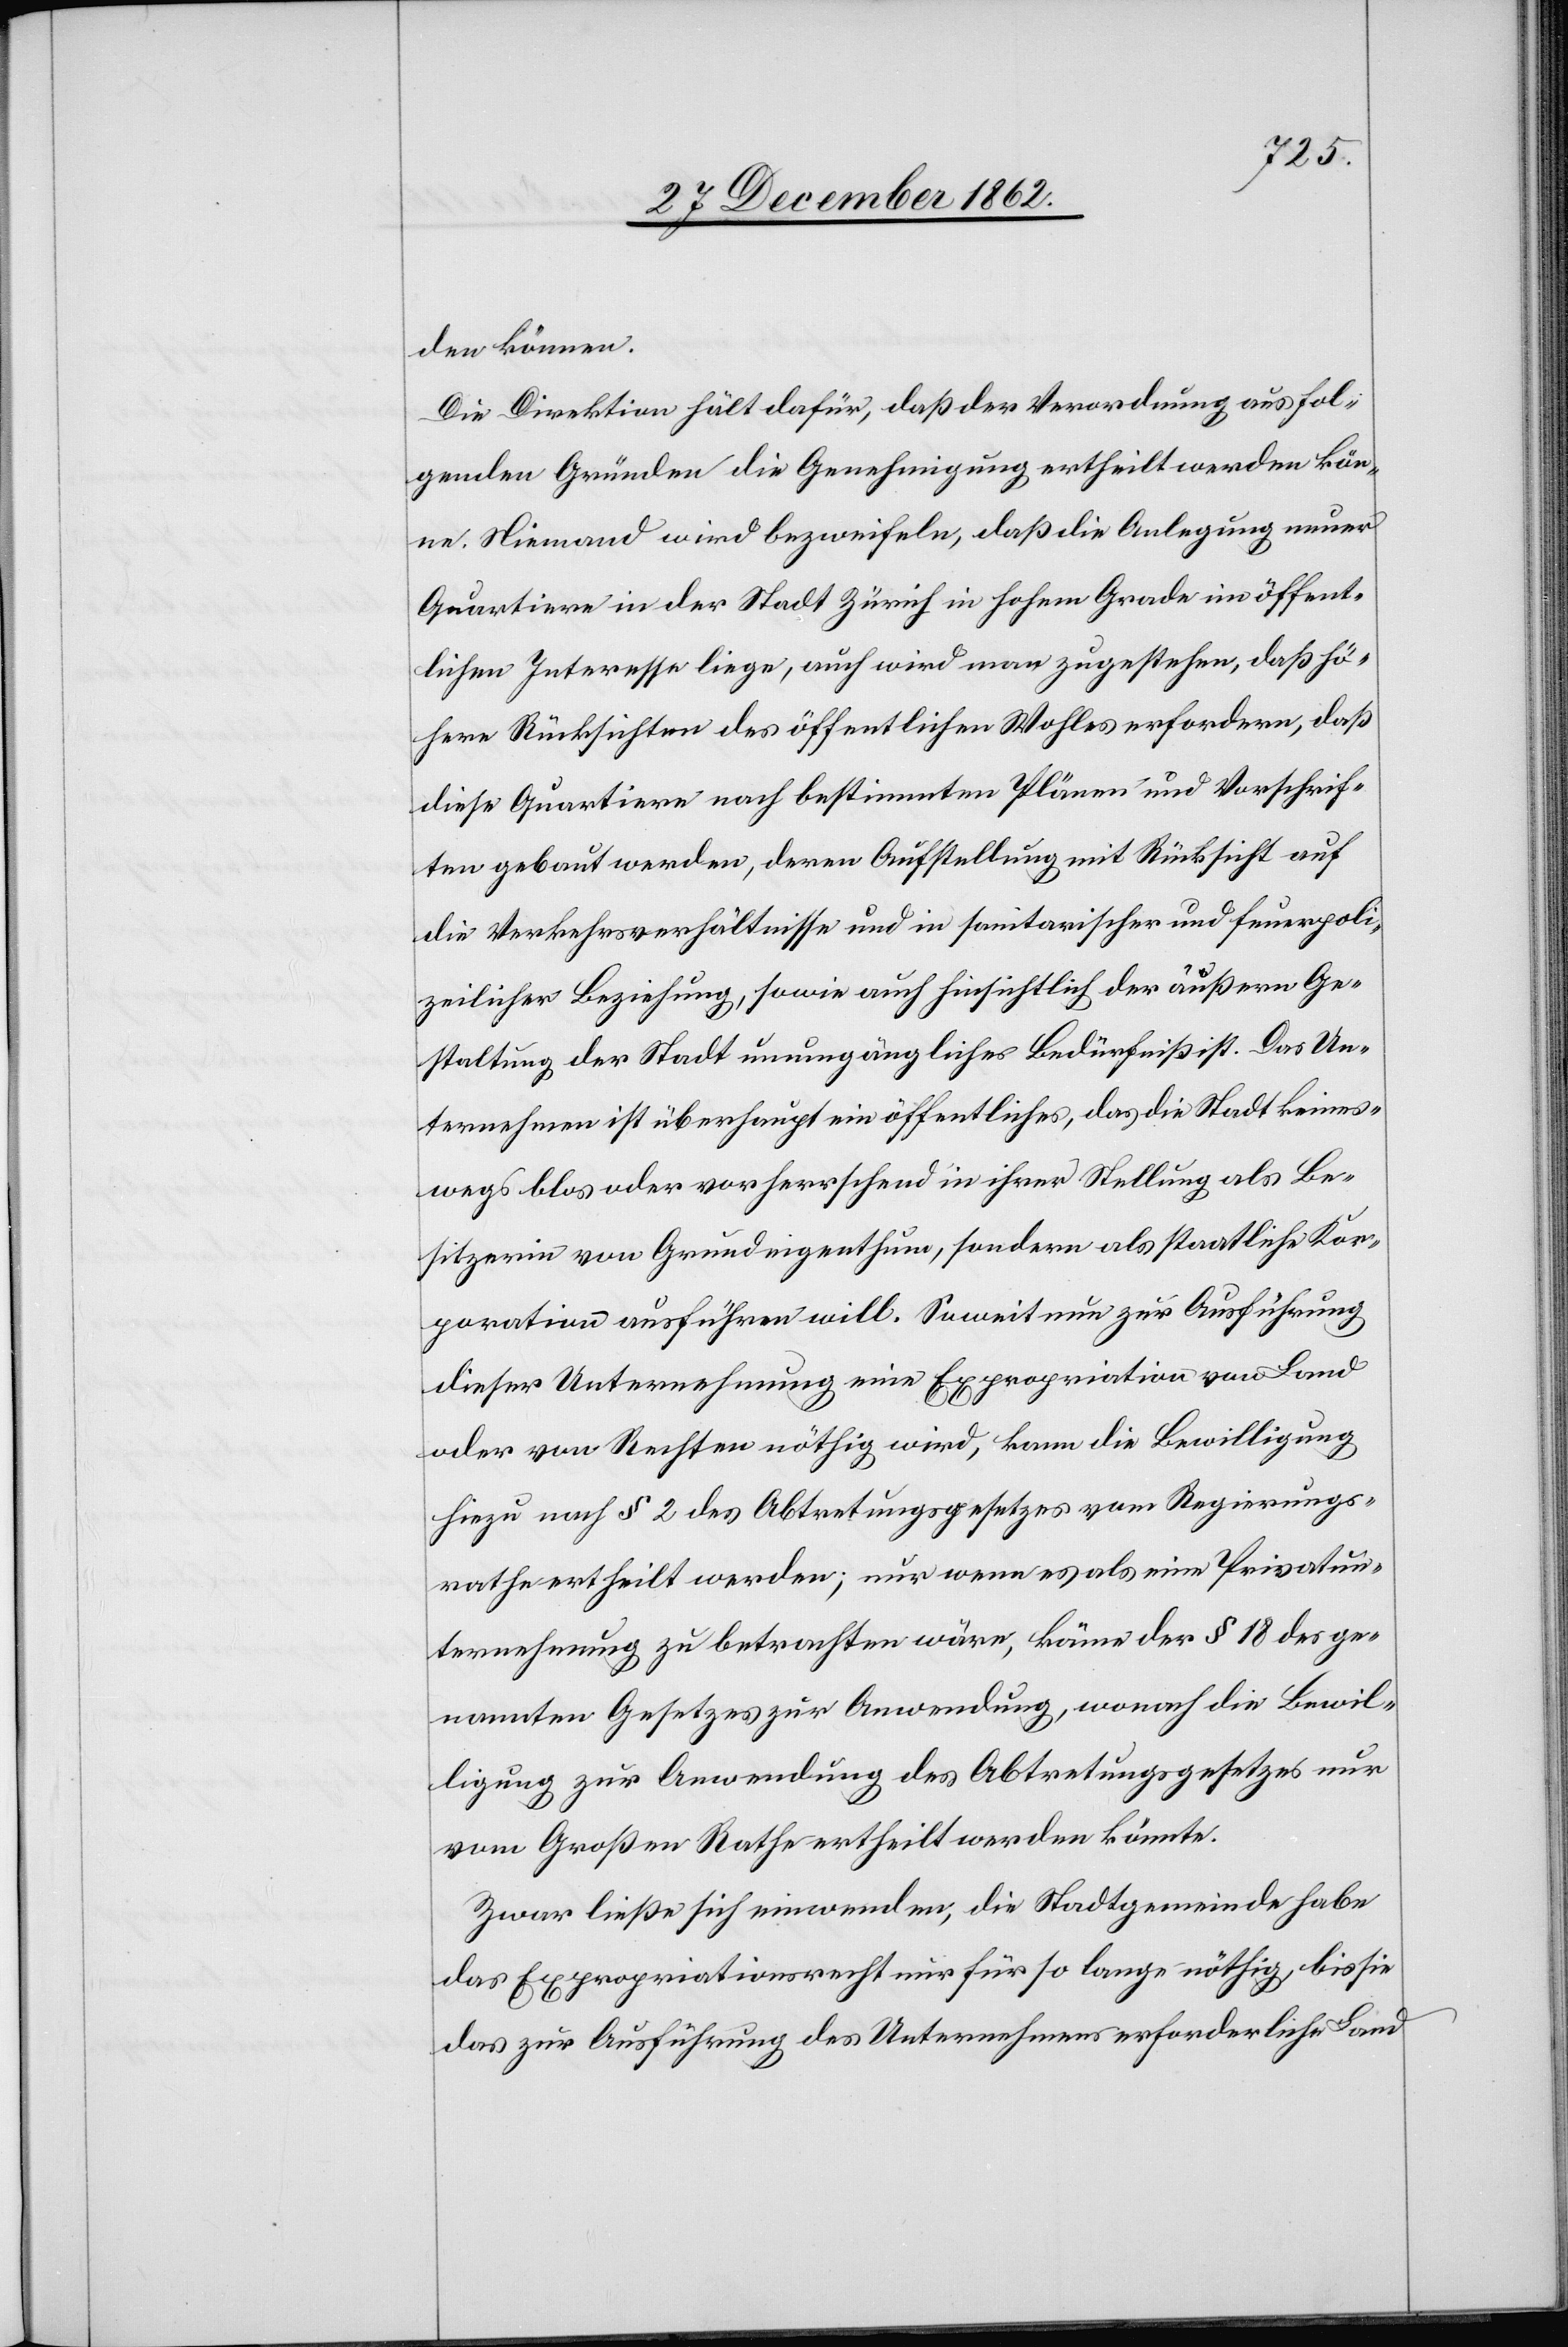
den können.
Die Direktion hält dafür, daß der Verordnung aus fol¬
genden Gründen die Genehmigung ertheilt werden kön¬
ne. Niemand wird bezweifeln, daß die Anlegung neuer
Quartiere in der Stadt Zürich in hohem Grade im öffent¬
lichen Interesse liege, auch wird man zugestehen, daß hö¬
here Rücksichten des öffentlichen Wohles erfordern, daß
diese Quartiere nach bestimmten Plänen und Vorschrif¬
ten gebaut werden, deren Aufstellung mit Rücksicht auf
die Verkehrsverhältnisse und in sanitarischer und feuerpoli¬
zeilicher Beziehung, so wie auch hinsichtlich der äußern Ge¬
staltung der Stadt unumgängliches Bedürfniß ist. Das Un¬
ternehmen ist überhaupt ein öffentliches, das die Stadt keines¬
wegs blos oder vorherrschend in ihrer Stellung als Be¬
sitzerin von Grundeigenthum, sondern als staatliche Kor¬
poration ausführen will. Soweit nun zur Ausführung
dieser Unternehmung eine Expropriation von Land
oder von Rechten nöthig wird, kann die Bewilligung
hiezu nach § 2 des Abtretungsgesetzes vom Regierungs¬
rathe ertheilt werden; nur wenn es als eine Privatun¬
ternehmung zu betrachten wäre, käme der § 18 des ge¬
nannten Gesetzes zur Anwendung, wonach die Bewil¬
ligung zur Anwendung des Abtretungsgesetzes nur
vom Großen Rathe ertheilt werden könnte.
Zwar ließe sich einwenden, die Stadtgemeinde habe
das Expropriationsrecht nur für so lange nöthig, bis sie
das zur Ausführung des Unternehmens erforderliche Land